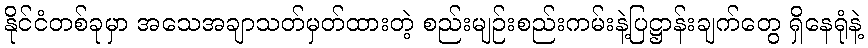
နိုင်ငံတစ်ခုမှာ အသေအချာသတ်မှတ်ထားတဲ့ စည်းမျဉ်းစည်းကမ်းနဲ့ပြဋ္ဌာန်းချက်တွေ ရှိနေရုံနဲ့